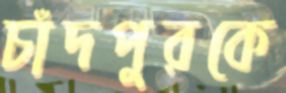
চাঁদপুরকে